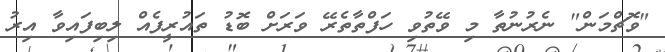
"ވޮޗްމަން" ނެރުނުތާ މި ވޭތުވި ހަފްތާތެރޭ ވަރަށް ބޮޑު ތައުރީފެއް ލިބިފައިވާ އިރު